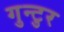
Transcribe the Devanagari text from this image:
गुन्टुर